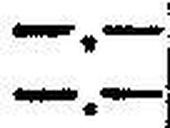
—.—